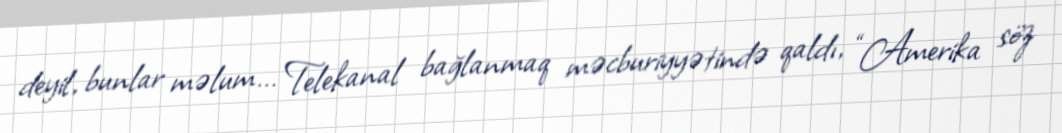
deyil, bunlar məlum... Telekanal bağlanmaq məcburiyyətində qaldı, “Amerika söz